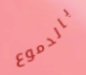
بالدموع